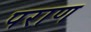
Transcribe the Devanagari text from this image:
पराण